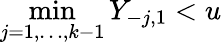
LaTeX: \operatorname*{min}_{j=1,\dots,k-1}Y_{-j,1}<u